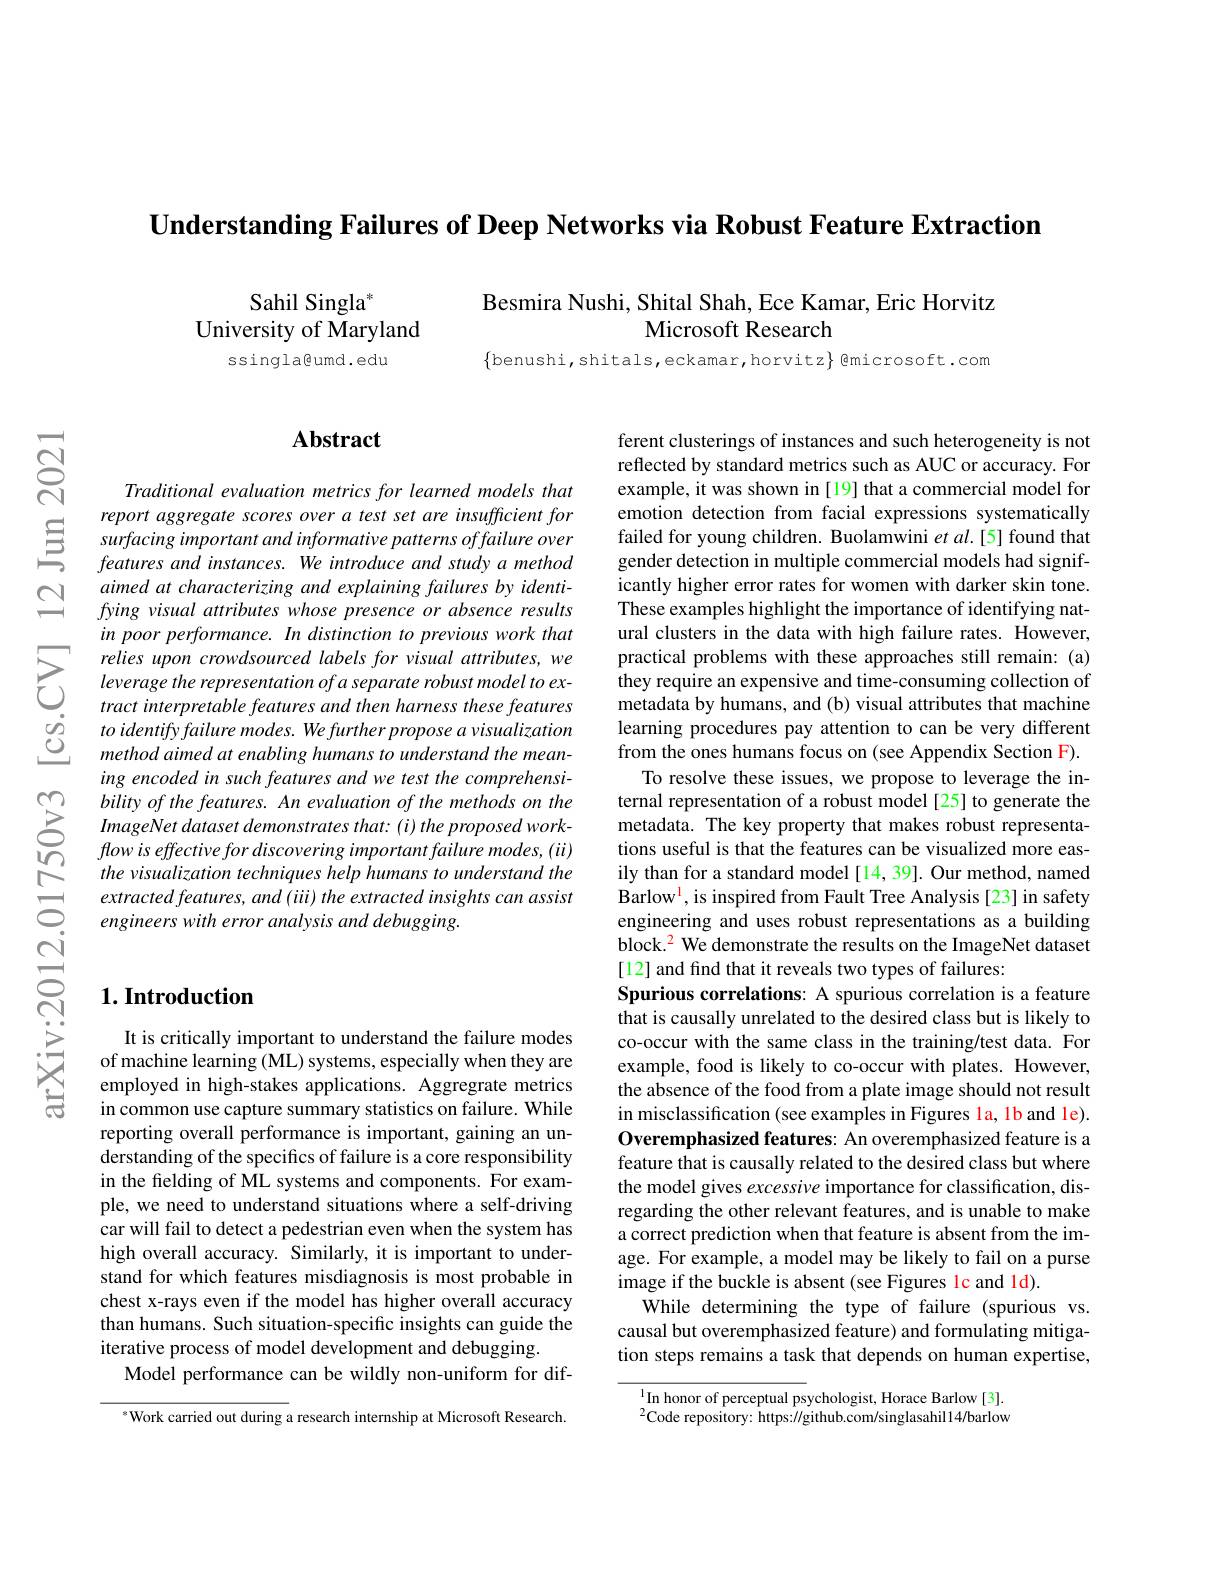
$\textbf{Understanding Failures of Deep Networks via Robust Feature Extraction}$

Besmira Nushi, Shital Shah, Ece Kamar, Eric Horvitz
Microsoft Research

$\{$benushi,shitals,eckamar,horvitz}{@microsoft.com

Sahil Singla"
University of Maryland
ssingla@umd.edu

$নুর$

## $\mathbf{Abstract}$

Traditional evaluation metrics for learned models that
$\begin{array}{lll}&\text{report aggregate scores over a test set are insufficient for}\\\text{三}&\text{surfacing important and informative patterns offailure over}\\\text{features and instances. We introduce and study a method}\end{array}$
aimed at characterizing and explaining failures by identifying visual attributes whose presence or absence results in poor performance. In distinction to previous work that relies upon crowdsourced labels for visual attributes, we leverage the representation of a separate robust model to extract interpretable features and then harness these features to identify failure modes. We further propose a visualization method aimed at enabling humans to understand the meaning encoded in such features and we test the comprehensibility of the features. An evaluation of the methods on the ImageNet dataset demonstrates that: (i) the proposed work- $flowiseffectivefordiscoveringimportantfailuremodes,(ii)$
the visualization techniques help humans to understand the extracted features, and ( iii) the extracted insights can assist C. engineers with error analysis and debugging.

ferent clusterings of instances and such heterogeneity is not reflected by standard metrics such as AUC or accuracy. For example, it was shown in [19] that a commercial model for emotion detection from facial expressions systematically failed for young children. Buolamwini et al.[5] found that gender detection in multiple commercial models had significantly higher error rates for women with darker skin tone. These examples highlight the importance of identifying natural clusters in the data with high failure rates. However, practical problems with these approaches still remain: (a) they require an expensive and time-consuming collection of metadata by humans, and (b) visual attributes that machine learning procedures pay attention to can be very different from the ones humans focus on (see Appendix Section F).
To resolve these issues, we propose to leverage the internal representation of a robust model [25] to generate the metadata. The key property that makes robust representations useful is that the features can be visualized more easily than for a standard model [14, 39]. Our method, named Barlow$^{\mathrm{l}}$,is inspired from Fault Tree Analysis[23] in safety engineering and uses robust representations as a building block.$^{2}$ We demonstrate the results on the ImageNet dataset [12] and find that it reveals two types of failures:
Spurious correlations: A spurious correlation is a feature that is causally unrelated to the desired class but is likely to co-occur with the same class in the training/test data. For example, food is likely to co-occur with plates. However, the absence of the food from a plate image should not result in misclassification (see examples in Figures la, 1b and le). Overemphasized features: An overemphasized feature is a feature that is causally related to the desired class but where the model gives excessive importance for classification, disregarding the other relevant features, and is unable to make a correct prediction when that feature is absent from the image. For example, a model may be likely to fail on a purse image if the buckle is absent (see Figures lc and ld).
While determining the type of failure (spurious vs. causal but overemphasized feature) and formulating mitigation steps remains a task that depends on human expertise,

$^{1}$In honor of perceptual psychologist, Horace Barlow[3]. $^2$Code repository: https://github.com/singlasahil14/barlow

## $1. \textbf{Introduction}$

It is critically important to understand the failure modes of machine learning (ML) systems, especially when they are employed in high-stakes applications. Aggregrate metrics in common use capture summary statistics on failure. While reporting overall performance is important, gaining an understanding of the specifics of failure is a core responsibility in the fielding of ML systems and components. For example, we need to understand situations where a self-driving car will fail to detect a pedestrian even when the system has high overall accuracy. Similarly, it is important to understand for which features misdiagnosis is most probable in chest x-rays even if the model has higher overall accuracy than humans. Such situation-specific insights can guide the iterative process of model development and debugging.
Model performance can be wildly non-uniform for dif-

$^{*}$Work carried out during a research internship at Microsoft Research